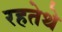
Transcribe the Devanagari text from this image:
रहतेथे